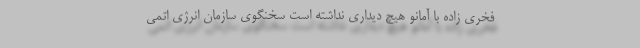
فخری زاده با آمانو هیچ دیداری نداشته است سخنگوی سازمان انرژی اتمی